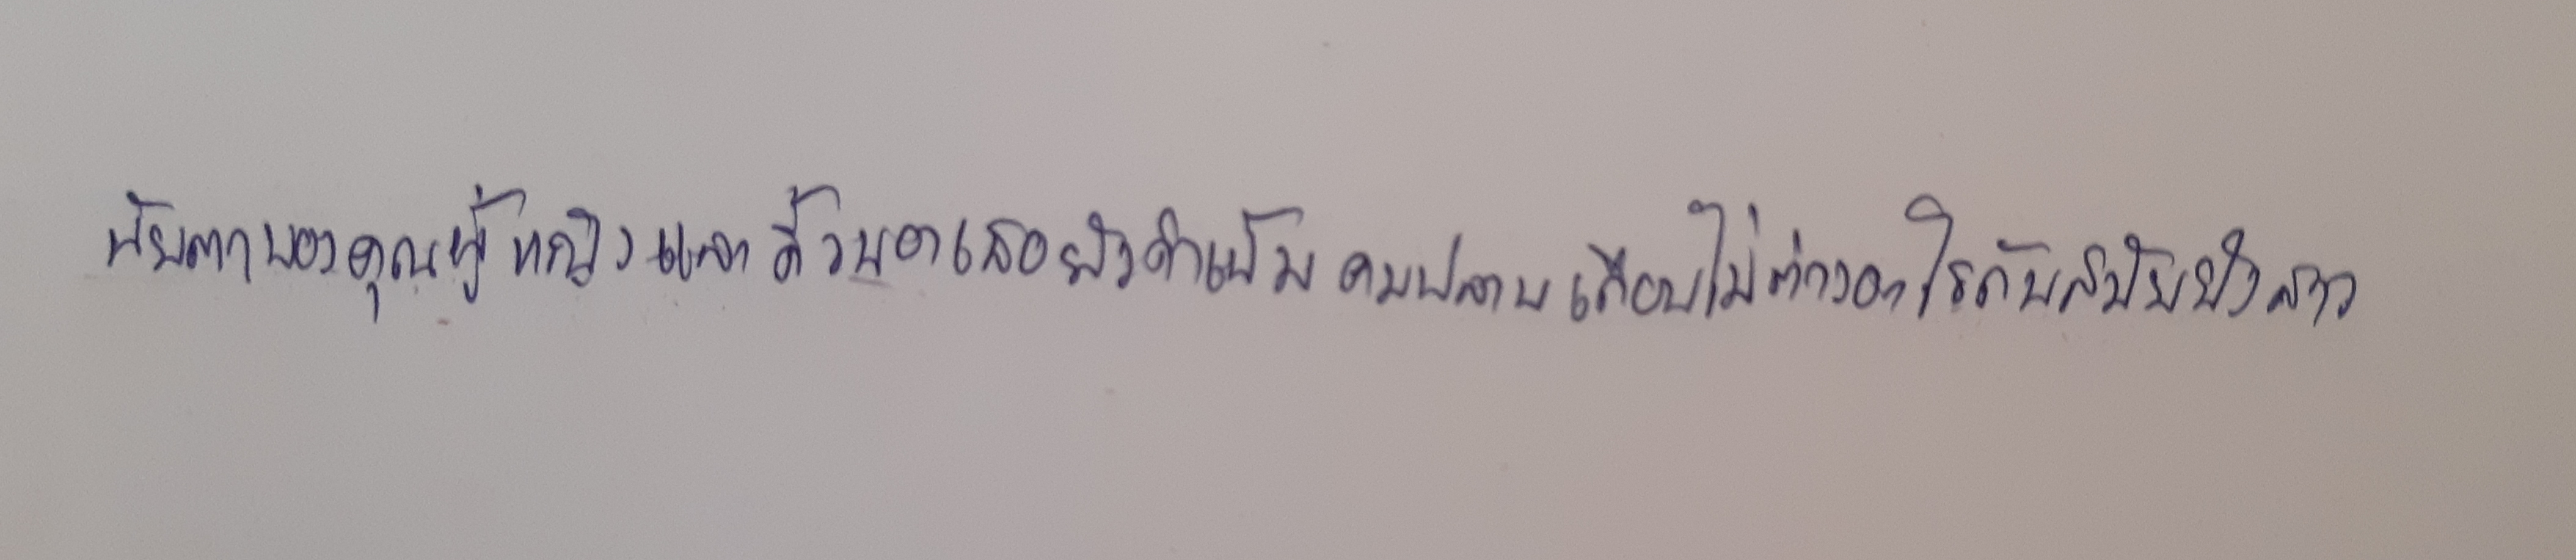
นัยน์ตาของคุณผู้หญิงและคิ้วของเธอยังดำเข้มคมปลาบเกือบไม่ต่างอะไรกับสมัยยังสาว